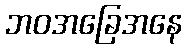
ဘဝအခြေအနေ